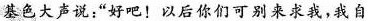
基色大声说:“好吧!以后你们可别来求我，我自